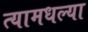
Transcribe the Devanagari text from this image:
त्यामधल्या